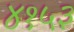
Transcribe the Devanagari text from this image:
४१५३